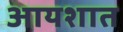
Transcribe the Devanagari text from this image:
आयशात